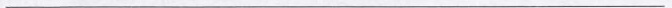
___